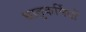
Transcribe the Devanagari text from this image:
धातुकर्मियों